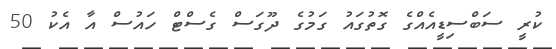
ކުރީ ސަބްސިޑީއެއްގެ ގޮތުގައު ގަމުގެ ދޫގަސް ގެސްޓް ހައުސް އާ އެކު 50